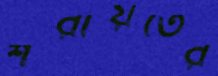
শরীয়তের